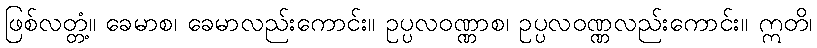
ဖြစ်လတ္တံ့။ ခေမာစ၊ ခေမာလည်းကောင်း။ ဥပ္ပလဝဏ္ဏာစ၊ ဥပ္ပလဝဏ္ဏလည်းကောင်း။ ဣတိ၊